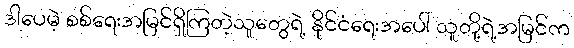
ဒါပေမဲ့ စစ်ရေးအမြင်ရှိကြတဲ့သူတွေရဲ့ နိုင်ငံရေးအပေါ် သူတို့ရဲ့အမြင်က